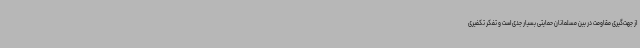
از جهت‌گیری مقاومت در بین مسلمانان حمایتی بسیار جدی است و تفکر تکفیری